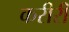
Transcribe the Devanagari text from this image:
करीरी